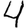
Digit: 4